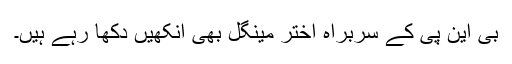
بی این پی کے سربراہ اختر مینگل بھی آنکھیں دکھا رہے ہیں۔